Scottish Certificate of Education, 1962
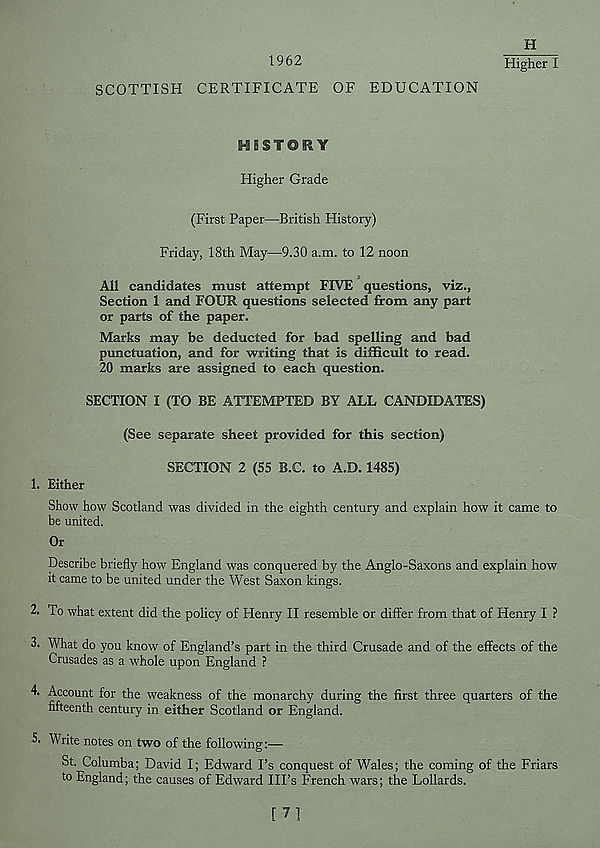
1962
H
Higher I
SCOTTISH CERTIFICATE OF EDUCATION
HBST@KY
Higher Grade
(First Paper—British History)
Friday, 18th May—9.30 a.m. to 12 noon
All candidates must attempt FIVE questions, viz.,
Section 1 and FOUR questions selected from any part
or parts of the paper.
Marks may be deducted for bad spelling and bad
punctuation, and for writing that is difficult to read.
20 marks are assigned to each question.
SECTION I (TO BE ATTEMPTED BY ALL CANDIDATES)
(See separate sheet provided for this section)
SECTION 2 (55 B.C. to A.D. 1485)
1. Either
Show how Scotland was divided in the eighth century and explain how it came to
be united.
Or
Describe briefly how England was conquered by the Anglo-Saxons and explain how
it came to be united under the West Saxon kings.
2. To what extent did the policy of Henry II resemble or differ from that of Henry I ?
3. What do you know of England’s part in the third Crusade and of the effects of the
Crusades as a whole upon England ?
4. Account for the weakness of the monarchy during the first three quarters of the
fifteenth century in either Scotland or England.
5. Write notes on two of the following:—
St. Columba; David I; Edward I’s conquest of Wales; the coming of the Friars
to England; the causes of Edward Ill’s French wars; the Lollards.
[71